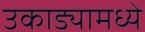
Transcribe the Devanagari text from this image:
उकाड्यामध्ये